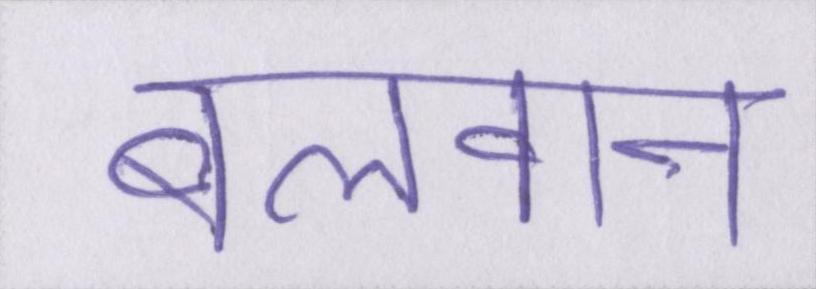
बलवान